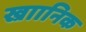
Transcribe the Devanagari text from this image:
ख्राानिक